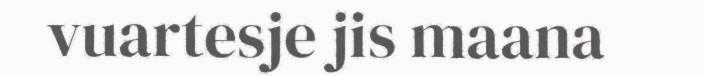
vuartesje jis maana